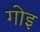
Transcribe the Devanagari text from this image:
गोइ